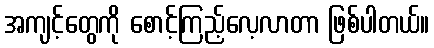
အကျင့်တွေကို စောင့်ကြည့်လေ့လာတာ ဖြစ်ပါတယ်။